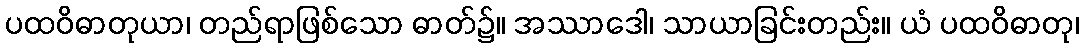
ပထဝိဓာတုယာ၊ တည်ရာဖြစ်သော ဓာတ်၌။ အဿာဒေါ၊ သာယာခြင်းတည်း။ ယံ ပထဝိဓာတု၊